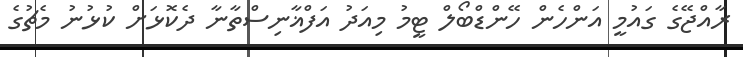
ރާއްޖޭގެ ގައުމީ އަންހެން ހޭންޑްބޯލް ޓީމު މިއަދު އަފްޣާނިސްތާނާ ދެކޮޅަށް ކުޅުނު މެޗުގެ